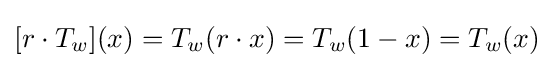
[r\cdot T_{w}](x)=T_{w}(r\cdot x)=T_{w}(1-x)=T_{w}(x)